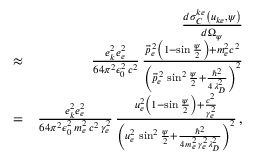
\begin{array} { r l r } & { } & { \frac { d \sigma _ { C } ^ { k e } \left( u _ { k e } , \psi \right) } { d \Omega _ { \psi } } } \\ & { \approx } & { \frac { e _ { k } ^ { 2 } e _ { e } ^ { 2 } } { 6 4 \pi ^ { 2 } \epsilon _ { 0 } ^ { 2 } \, c ^ { 2 } } \, \frac { \vec { p } _ { e } ^ { \, 2 } \left( 1 - \sin \frac { \psi } { 2 } \right) + m _ { e } ^ { 2 } c ^ { 2 } } { \left( \vec { p } _ { e } ^ { \, 2 } \, \sin ^ { 2 } \frac { \psi } { 2 } + \frac { \hbar ^ { 2 } } { 4 \, \lambda _ { D } ^ { 2 } } \right) ^ { 2 } } } \\ & { = } & { \frac { e _ { k } ^ { 2 } e _ { e } ^ { 2 } } { 6 4 \pi ^ { 2 } \epsilon _ { 0 } ^ { 2 } \, m _ { e } ^ { 2 } \, c ^ { 2 } \, \gamma _ { e } ^ { 2 } } \, \frac { u _ { e } ^ { 2 } \left( 1 - \sin \frac { \psi } { 2 } \right) + \frac { c ^ { 2 } } { \gamma _ { e } ^ { 2 } } } { \left( u _ { e } ^ { 2 } \, \sin ^ { 2 } \frac { \psi } { 2 } + \frac { \hbar ^ { 2 } } { 4 \, m _ { e } ^ { 2 } \, \gamma _ { e } ^ { 2 } \lambda _ { D } ^ { 2 } } \right) ^ { 2 } } \, , } \end{array}